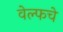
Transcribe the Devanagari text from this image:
वेल्फचे